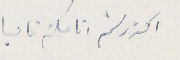
اكرر لثم انامكم تانيا ولد سَيادىم